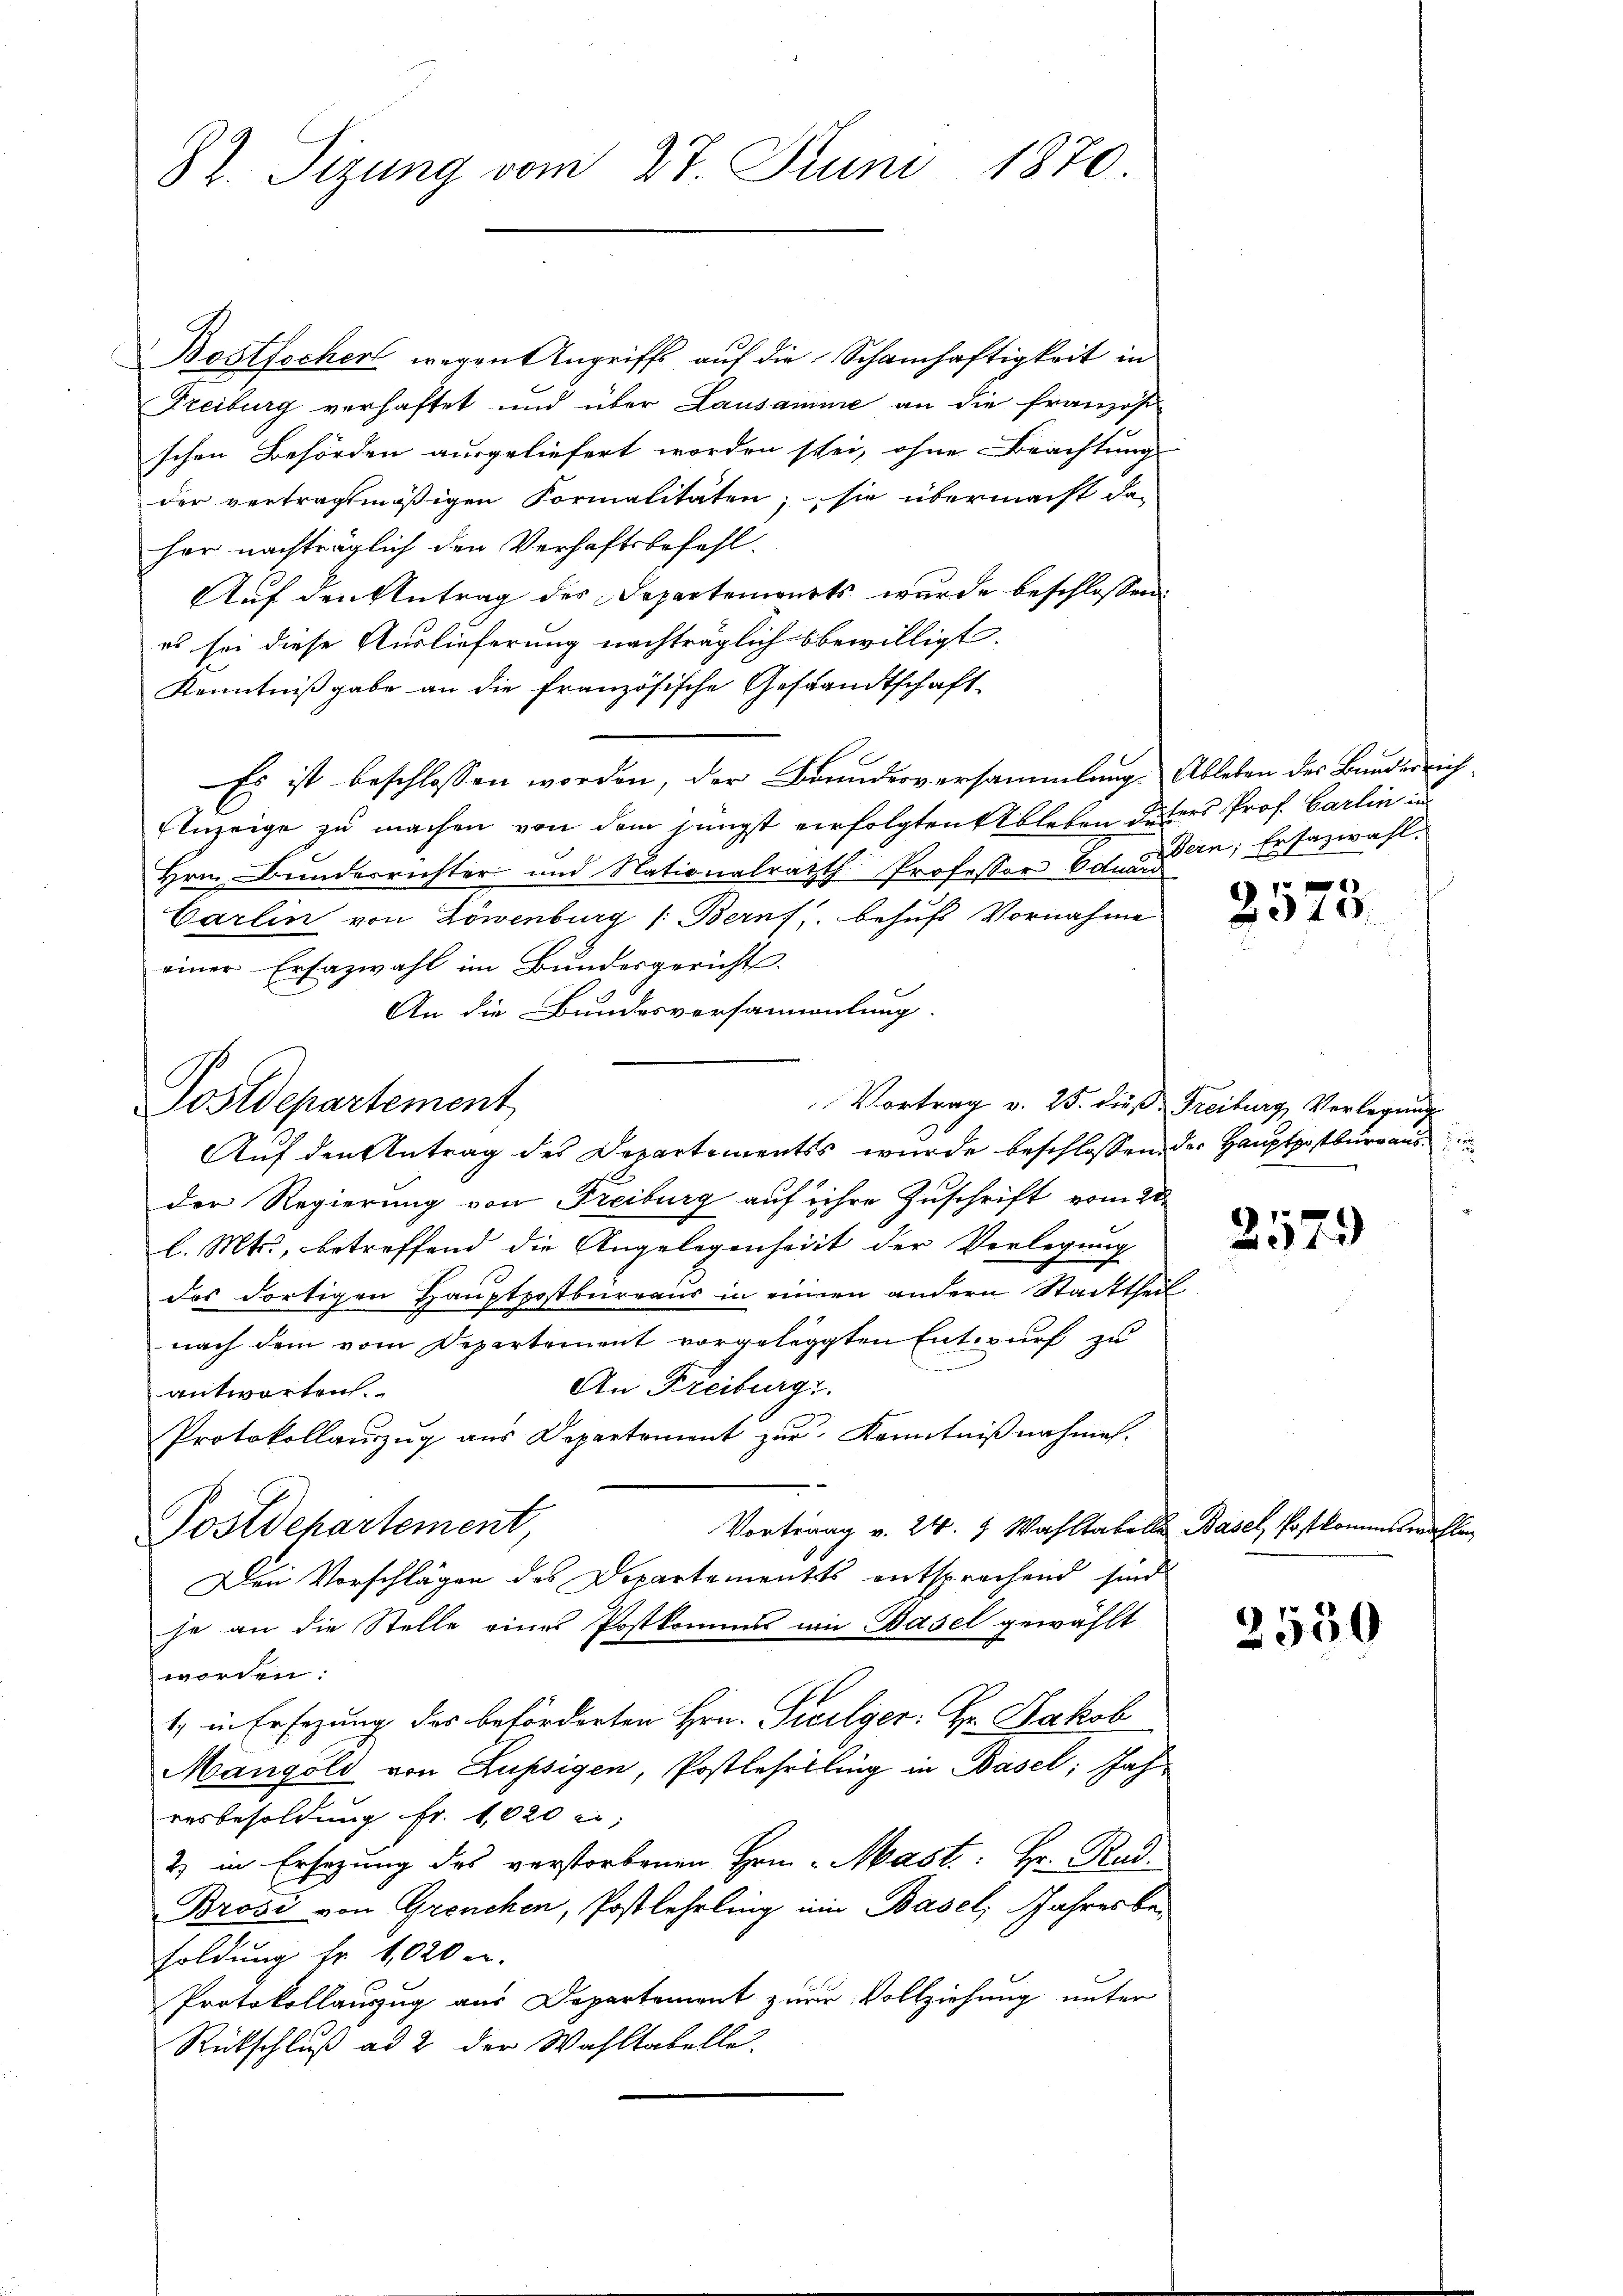
87. Sizung vom 27. Juni 1870.

Bostochen wegen Angriffs auf die Schamhaftigkeit in
Freiburg verhaftet und über Lausamme an die Französi
schen Behörden ausgeliefert worden sei, ohne Beachtung
der vertragsmäßigen Formalitäten; sie übermacht da-
her nachträglich den Verhaftsbefehl.
Auf den Antrag des Departements wurde beschlossen:
es sei diese Auslieferung nachträglich bewilligt.
Kenntnißgabe an die französische Gesandtschaft
Es ist beschlossen worden, der Brundesversammlung Ableben der Bunderrich¬
Anzeige zu machen von dem jüngst verfolgten Ableben deters Prof. Carlin un
Hrn. Bunderrichter und Nationalratth. Professor Eduar
Carlin von Löwenburg /: Berns, behufs Vornahme
einer Erfazwahl im Bundesgericht.
An die Bundesversammlung.
Vortrag v. 25. dieß Freiburg Verlegung
Auf den Antrag des Departementss wurde beschlossen der Hauptpostburg aus
der Regierung von Freiburg auf ihre Zuschrift vom 20.
l. Mts., betreffend die Angelegenheit der Verlegung
das dortigen Hauptpostbureaus in einem andern Stadttheil
nach dem vom Departement vorgelegten Entwurf zu
An Freiburg.
antworten.
Protokollaŭszŭg aŭs Departement zŭr Kenntniβnahme.
Vortrag v. 24. 3 Wahltabelle Basel, Postkommiswahlen
Postdepartement,
Den Vorschlägen des Departements entsprochend sind
je an die Stelle eines Postkomms in Basel gewählt
worden.
1, in Ersezung des beförderten Hrn. Sicilger: Hr. Jakob
Mangold von Lupsigen, Postlehrtling in Basel; Jahresbesoldung fr. 1020 er,
2 in Ersezung des verstorbenen Hrn. Mast: Hr. Rud.
Brosi von Greuchen, Postlehrling ein Basel, Jahresbesoldung fr. 1020 u.
Protokollauszug aus Departement zur Vollziehung unter
Rückschluß ad 2 der Wahltabelle.

Postdepartement

Dern; Ersazwahl.

2010.

257.

2530